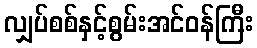
လျှပ်စစ်နှင့်စွမ်းအင်ဝန်ကြီး